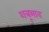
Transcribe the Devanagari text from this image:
शत्रूभाव